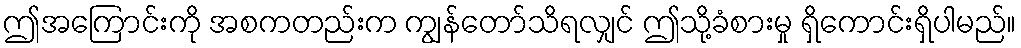
ဤအကြောင်းကို အစကတည်းက ကျွန်တော်သိရလျှင် ဤသို့ခံစားမှု ရှိကောင်းရှိပါမည်။